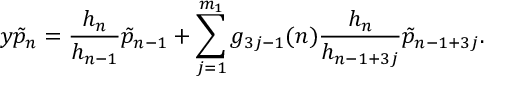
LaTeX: y \tilde { p } _ { n } = \frac { h _ { n } } { h _ { n - 1 } } \tilde { p } _ { n - 1 } + \sum _ { j = 1 } ^ { m _ { 1 } } g _ { 3 j - 1 } ( n ) \frac { h _ { n } } { h _ { n - 1 + 3 j } } \tilde { p } _ { n - 1 + 3 j } .